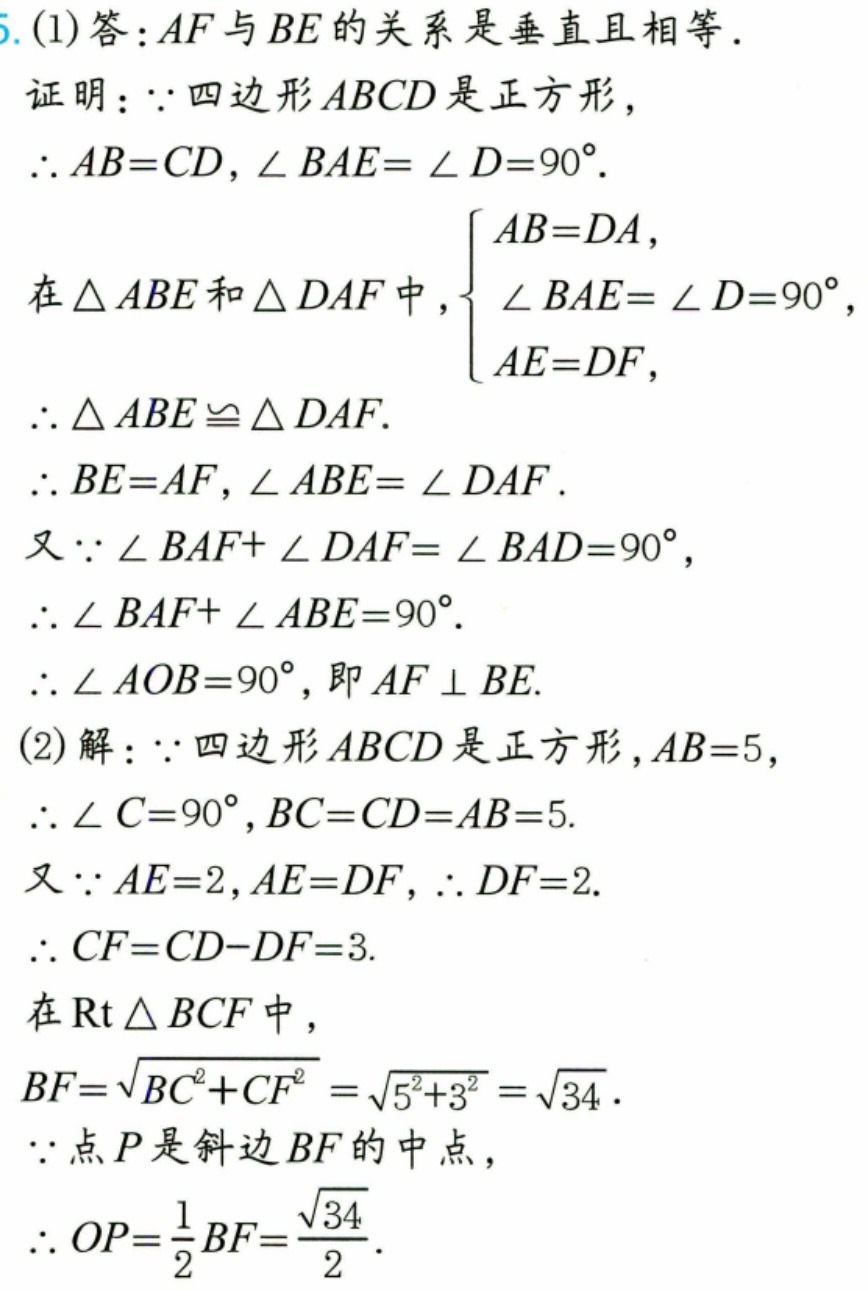
5. (1) 答：\(AF\)与\(BE\)的关系是垂直且相等.
证明：\(\because\)四边形\(ABCD\)是正方形，
\(\therefore AB = CD\)，\(\angle BAE=\angle D = 90^{\circ}\).
在\(\triangle ABE\)和\(\triangle DAF\)中，\(\begin{cases}AB = DA,\\\angle BAE=\angle D = 90^{\circ},\\AE = DF,\end{cases}\)
\(\therefore\triangle ABE\cong\triangle DAF\).
\(\therefore BE = AF\)，\(\angle ABE=\angle DAF\).
又\(\because\angle BAF+\angle DAF=\angle BAD = 90^{\circ}\)，
\(\therefore\angle BAF+\angle ABE = 90^{\circ}\).
\(\therefore\angle AOB = 90^{\circ}\)，即\(AF\perp BE\).
(2) 解：\(\because\)四边形\(ABCD\)是正方形，\(AB = 5\)，
\(\therefore\angle C = 90^{\circ}\)，\(BC = CD = AB = 5\).
又\(\because AE = 2\)，\(AE = DF\)，\(\therefore DF = 2\).
\(\therefore CF = CD - DF = 3\).
在\(\text{Rt}\triangle BCF\)中，
\(BF=\sqrt{BC^{2}+CF^{2}}=\sqrt{5^{2}+3^{2}}=\sqrt{34}\).
\(\because\)点\(P\)是斜边\(BF\)的中点，
\(\therefore OP=\frac{1}{2}BF=\frac{\sqrt{34}}{2}\).